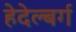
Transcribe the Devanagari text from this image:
हेदेल्बर्ग